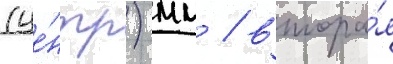
(це́нтр) мм / втора́я